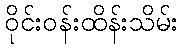
ဝိုင်းဝန်းထိန်းသိမ်း